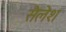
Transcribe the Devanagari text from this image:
सैलेश